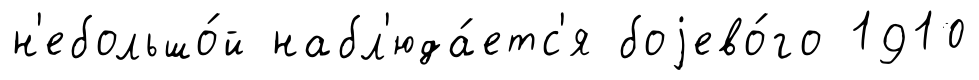
н'ебольшо́й набл'юда́етс'я боjево́го 1910